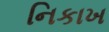
નિકાખ